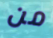
من